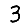
Digit: 3